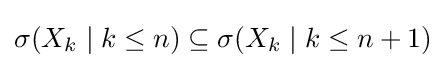
\sigma (X_{k}\mid k\leq n)\subseteq \sigma (X_{k}\mid k\leq n+1)